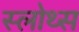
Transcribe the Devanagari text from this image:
स्लोथ्स